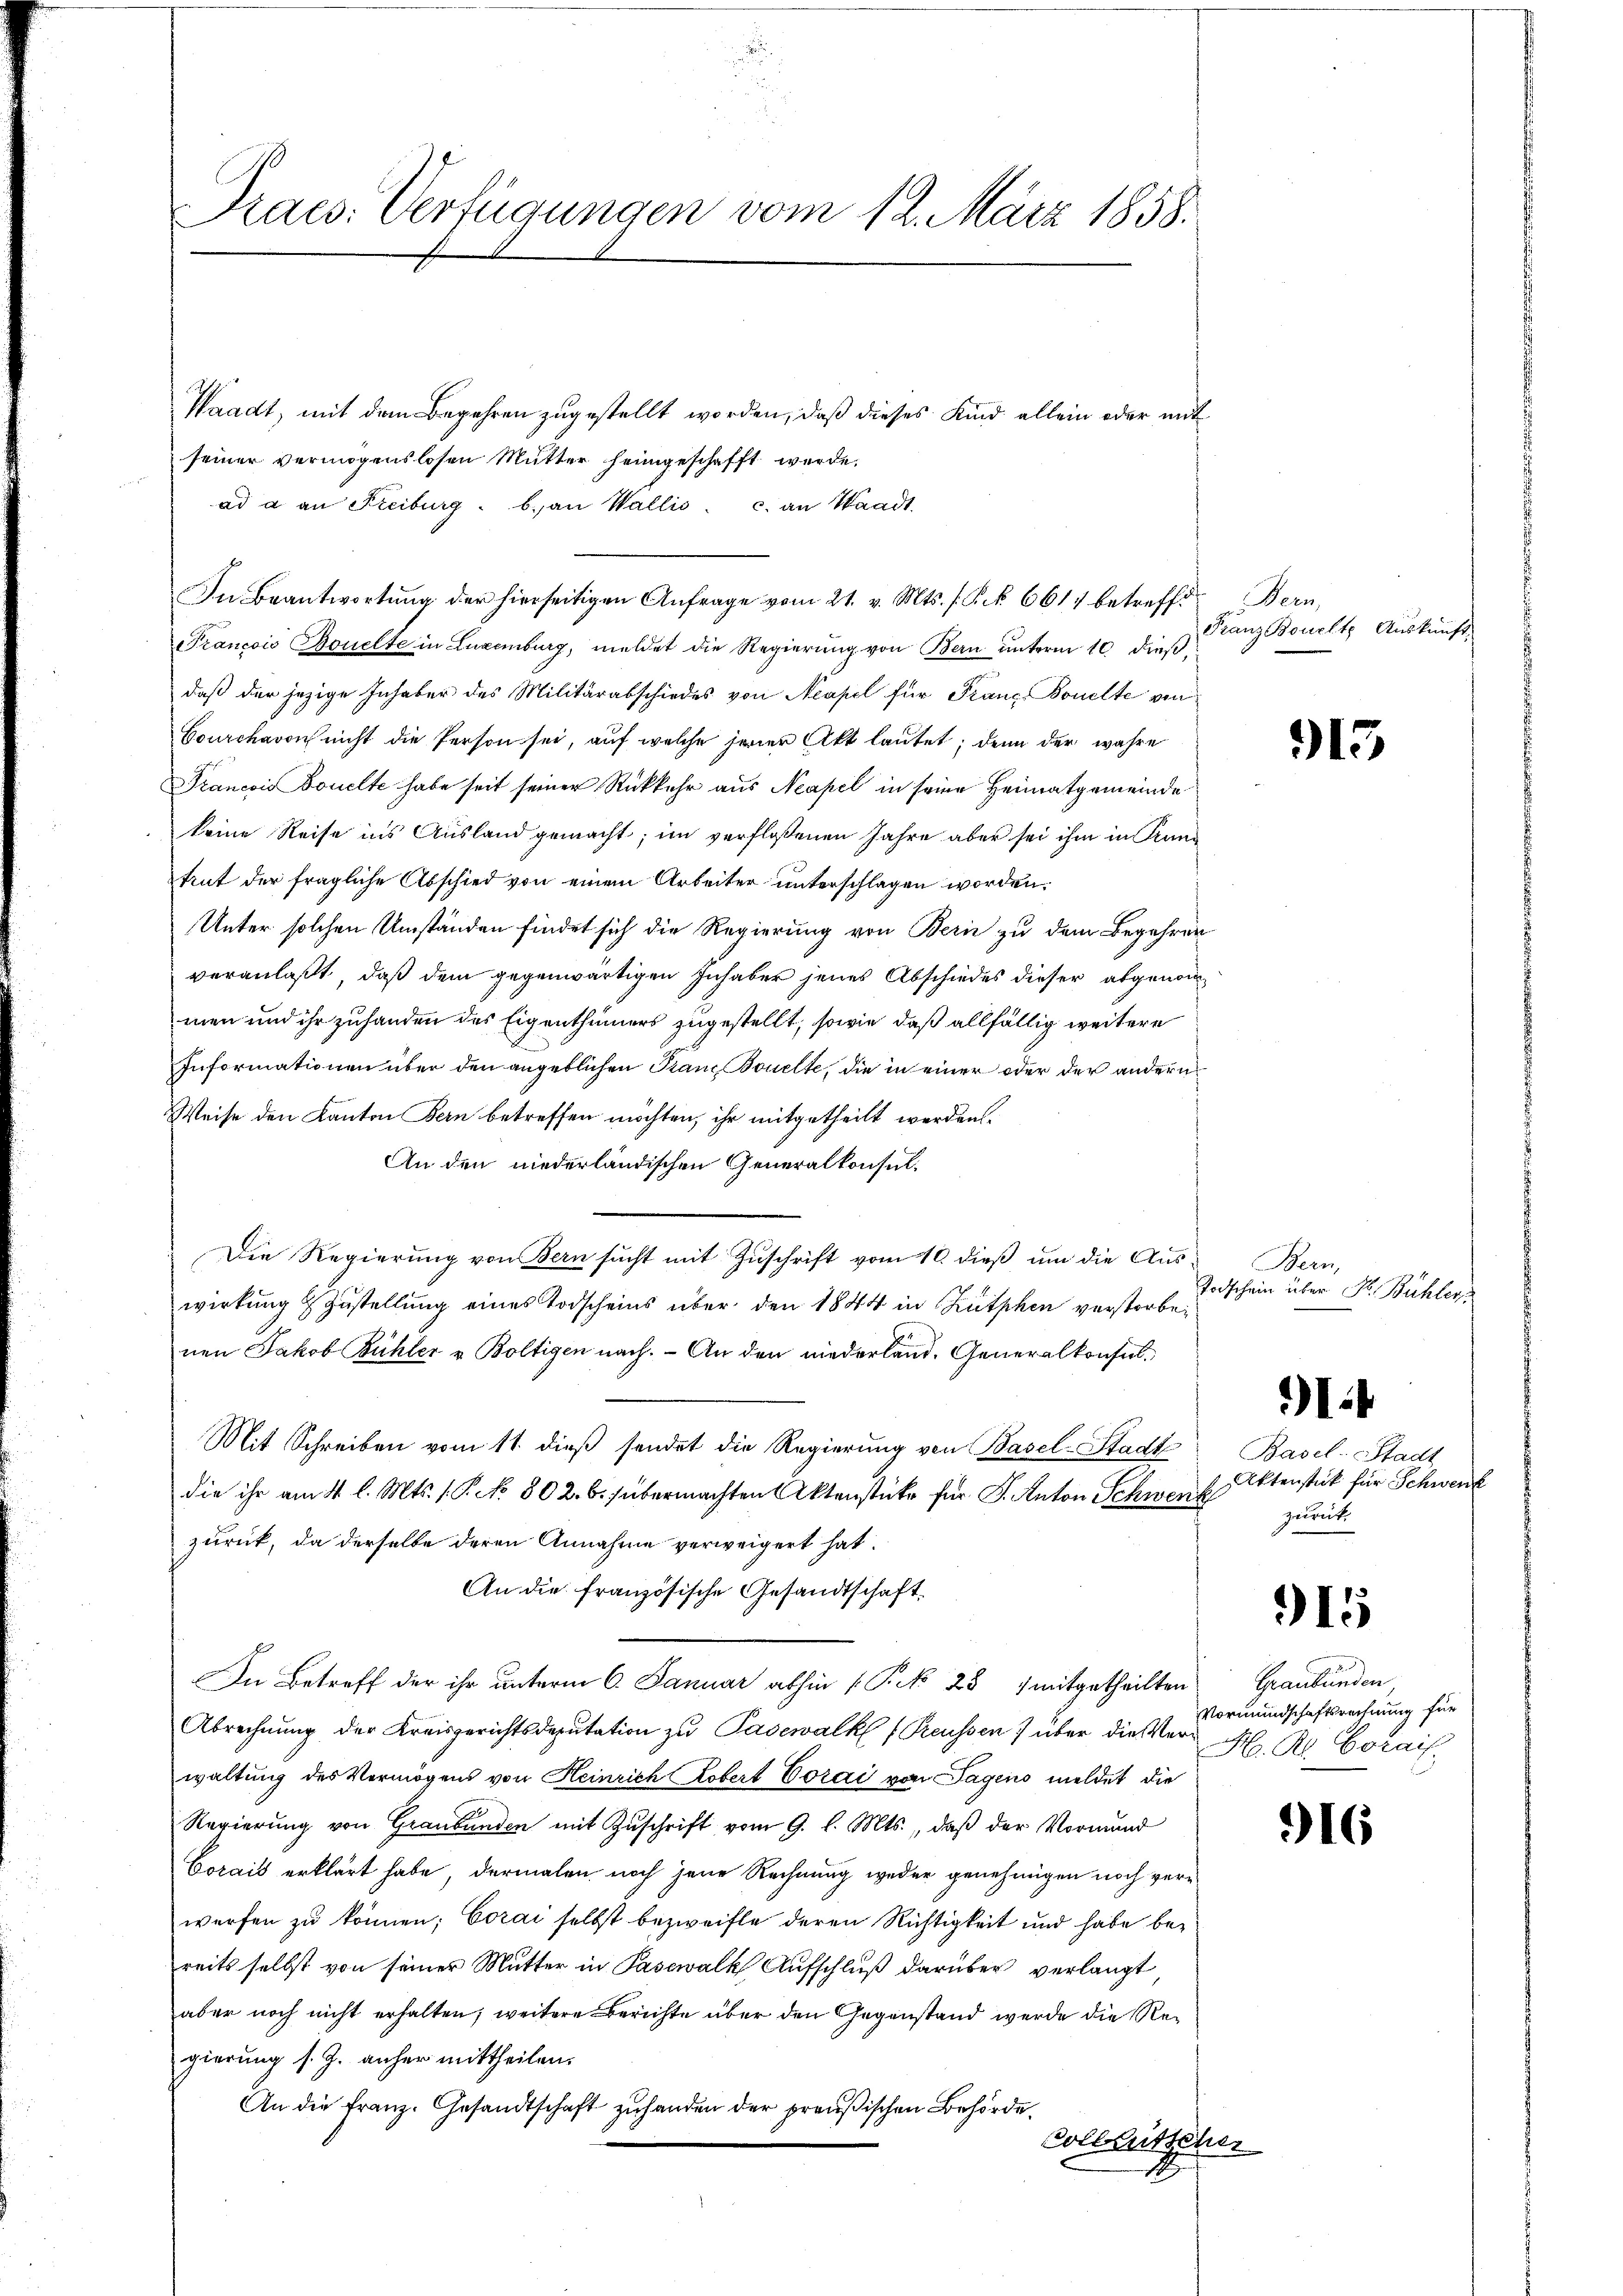
Praes. Verfügungen vom 12. März 1858.

Waadt, mit dem Begehren zugestellt worden, daß dieses Kind allein oder mit
seiner vermögenslosen Mutter heimgeschafft werde.
ad a an Freiburg. b. an Wallis. c. an Waadt.
In Beantwortung der hierseitigen Anfrage vom 21. v. Mts. f. P. R. 6617 betreffe. Bern,
Francois Bouelte in Luxenburg, meldet die Regierŭng von Bern ŭnterm 10. dieβ,
daß der jezige Inhaber des Militärabschiedes von Neapel für Franz Bonette von
Bourchavon nicht die Person sei, auf welche jener Akt lautet; denn der wahre
Francois Bouelte habe seit seiner Rückkehr aus Neapel in seine Heimatgemeinde
keine Reise ins Ausland gemacht; im verflossenen Jahre aber sei ihm in Pani
trut der fragliche Abschied von einem Arbeiter unterschlagen worden.
Unter solchen Umständen findet sich die Regierung von Bern zu dem Begehren
veranlaßt, daß dem gegenwärtigen Inhaber jenes Abschiedes dieser abgenommen und ihr zuhanden des Eigenthümers zugestellt, sowie daß allfällig weitere
Informationen über den angeblichen Franz Bouelte, die in einer oder der andern
Weise den Kanton Bern betreffen möchten, ihr mitgetheilt werden.
An den niederländischen Generalkonsul¬
Die Regierung von Bern sucht mit Zuschrift vom 10. dieß um die Auswirkung & Zustellung eines Todscheins über den 1844 in Rütphen verstorbenen Jakob Bühler v. Boltigen nach. - An den niederland. Generalkonsul¬
Mit Schreiben vom 11. dieβ sendet die Regierung von Basel-Stadt Basel-Stadt
die ihr am 4. l. Mts. 1. P. No 802. b. (übermachten Aktenstücke für J. Anton Schwenk
zurück, da derselbe deren Annahme verweigert hat.
An die französische Gesandtschaft
In Betreff der ihr unterm 6. Januar abhin (Pk 251 mitgetheilten
Abrechnung der Kreisgerichtsdeputation zu Pasewalk (Preussen über die Verwaltung des Vermögens von Heinrich Robert Corai von Tagens meldet die
Regierung von Graubünden mit Zuschrift vom 9. l. Mts., daß der Vormund
Corais erklärt habe, dermalen noch jene Rechnung weder genehmigen noch verwerfen zu können; Corai selbst bezweifle deren Richtigkeit und habe bereits selbst von seiner Mutter in Pasewalk Aufschluß darüber verlangt
aber noch nicht erhalten, weitere Berichte über den Gegenstand werde die Regierung s. Z. anher mittheilen.
An die Franz. Gesandtschaft zuhanden der preußischen Behördecollseitscher

Franz Bouclt Auskunft

913

Bern,
Todschein über Fr. Bühler

it

Aktenstück für Schwenk
zurück.

915

Graubünden,
Vormundschaftsrechnung für
H. Rl. Corais.

916